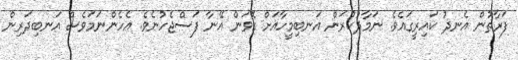
ފަރާތުން އެނދު ކައިރީގައެވެ. ނަމާދުކުރަން އަނބިމީހާއަށް ގޮވަން އޭނާ ފަސްޖެހުނެވެ. އެހެންނަމަވެސް އަނބިދަރިން